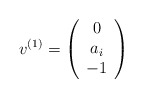
\begin{align*}v^{(1)}=\left(\begin{array}{ccc}0 \\a_i \\-1\end{array}\right)\end{align*}